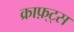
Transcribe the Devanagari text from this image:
क्राफ़्ट्स